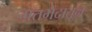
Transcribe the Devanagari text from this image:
मतभेदातून